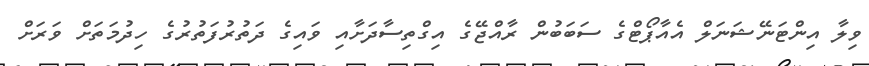
ވިލާ އިންޓަނޭޝަނަލް އެއާޕޯޓްގެ ސަބަބުން ރާއްޖޭގެ އިގްތިސާދަށާއި ވައިގެ ދަތުރުފަތުރުގެ ހިދުމަތަށް ވަރަށް